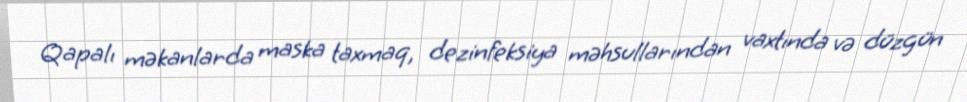
Qapalı məkanlarda maska taxmaq, dezinfeksiya məhsullarından vaxtında və düzgün